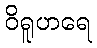
ဝိရူဟရေ